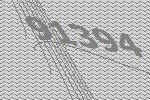
91394